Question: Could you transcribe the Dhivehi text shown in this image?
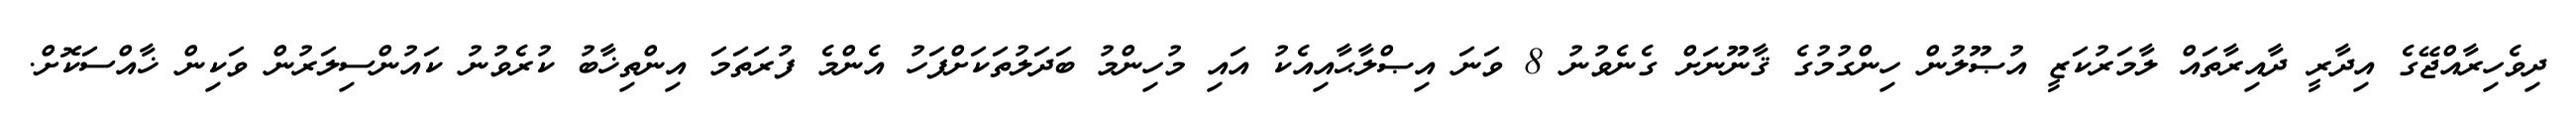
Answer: ދިވެހިރާއްޖޭގެ އިދާރީ ދާއިރާތައް ލާމަރުކަޒީ އުޞޫލުން ހިންގުމުގެ ޤާނޫނަށް ގެނެވުނު 8 ވަނަ އިޞްލާޙާއިއެކު އައި މުހިންމު ބަދަލުތަކަށްފަހު އެންމެ ފުރަތަމަ އިންތިޚާބު ކުރެވުނު ކައުންސިލަރުން ވަކިން ޚާއްސަކޮށް.